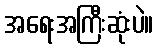
အရေးအကြီးဆုံးပဲ။